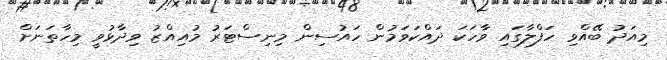
މިއަދު ބޭއްވި ހަފްލާގައި ވާހަކަ ދައްކަވަމުން ހައުސިން މިނިސްޓަރު މުއިއްޒު ވިދާޅުވީ މިހާތަނަށް